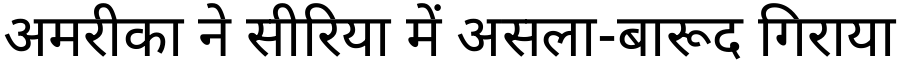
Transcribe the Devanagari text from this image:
अमरीका ने सीरिया में असला-बारूद गिराया